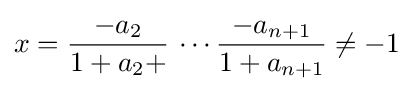
x={\frac {-a_{2}}{1+a_{2}+}}\,\cdots {\frac {-a_{n+1}}{1+a_{n+1}}}\neq -1